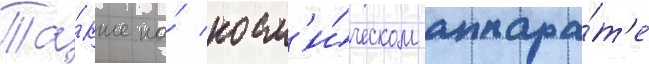
Та́кже на́ косм'и́ческом аппара́т'е